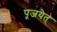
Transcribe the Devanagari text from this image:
पूजयेत्